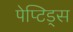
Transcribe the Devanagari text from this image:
पेप्टिड्स